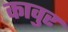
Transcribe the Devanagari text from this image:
कावुर